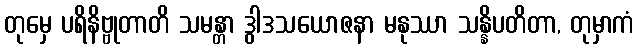
တုမှေ ပရိနိဗ္ဗုတာတိ သမန္တာ ဒွါဒသယောဇနာ မနုဿာ သန္နိပတိတာ, တုမှာကံ